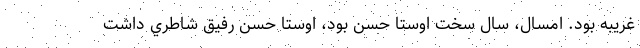
غريبه بود. امسال، سال سخت اوستا حسن بود، اوستا حسن رفيق شاطري داشت